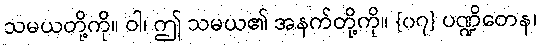
သမယတို့ကို။ ဝါ၊ ဤ သမယ၏ အနက်တို့ကို။ {၀၇} ပဏ္ဍိတေန၊